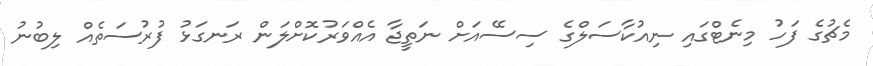
މެޗުގެ ފަހު މިނެޓްގައި ނިއުކާސަލްގެ ސިސޭއަށް ނަތީޖާ އެއްވަރުކޮށްލަން ރަނގަޅު ފުރުސަތެއް ލިބުނު